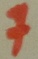
Text: 7